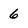
Character: 6